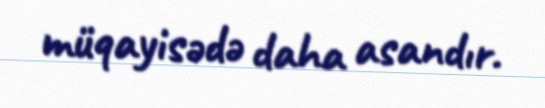
müqayisədə daha asandır.